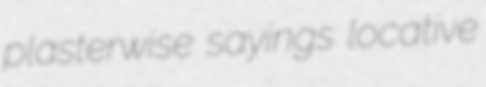
plasterwise sayings locative